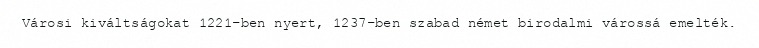
Városi kiváltságokat 1221-ben nyert, 1237-ben szabad német birodalmi várossá emelték.